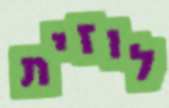
לוזית